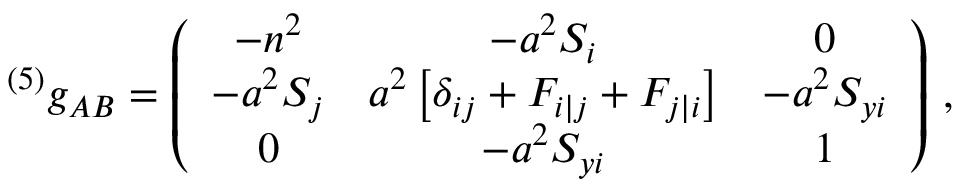
{ } ^ { ( 5 ) } g _ { A B } = \left( \begin{array} { c c c } { { - n ^ { 2 } } } & { { - a ^ { 2 } S _ { i } } } & { { 0 \nonumber } } \\ { { - a ^ { 2 } S _ { j } } } & { { a ^ { 2 } \left[ \delta _ { i j } + F _ { i | j } + F _ { j | i } \right] } } & { { - a ^ { 2 } S _ { y i } \nonumber } } \\ { { 0 } } & { { - a ^ { 2 } S _ { y i } } } & { { 1 \nonumber } } \end{array} \right) \, ,